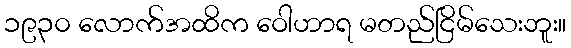
၁၉၃၀ လောက်အထိက ဝေါဟာရ မတည်ငြိမ်သေးဘူး။